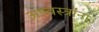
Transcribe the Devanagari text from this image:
अण्वस्त्रांना